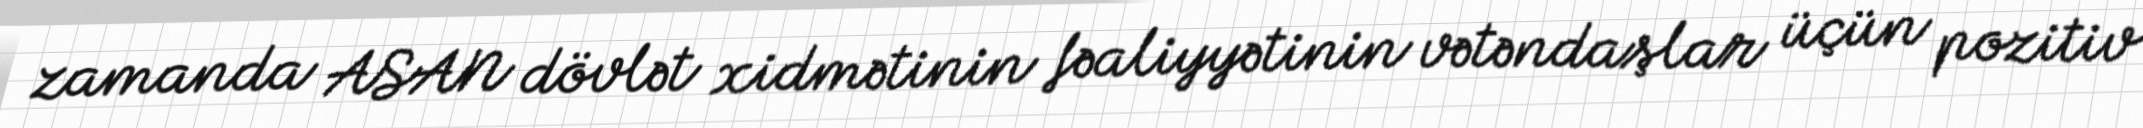
zamanda ASAN dövlət xidmətinin fəaliyyətinin vətəndaşlar üçün pozitiv